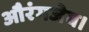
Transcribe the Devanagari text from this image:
औरंगजेब।